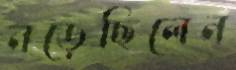
নড়েছিলেন